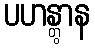
ပဟန္တွာန